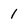
Character: 1